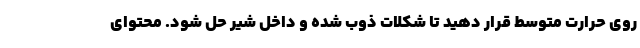
روی حرارت متوسط قرار دهید تا شکلات ذوب شده و داخل شیر حل شود. محتوای